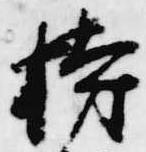
持